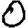
Digit: 0